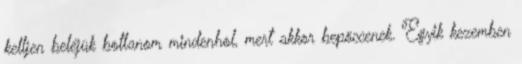
kelljen beléjük botlanom mindenhol, mert akkor bepöccenek. Egyik kezemben